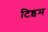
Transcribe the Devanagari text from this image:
टिइम